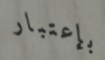
بإعتبار